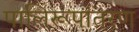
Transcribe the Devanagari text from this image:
पालिरूपांतरण